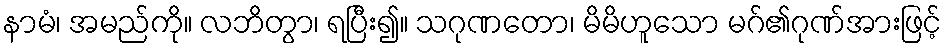
နာမံ၊ အမည်ကို။ လဘိတွာ၊ ရပြီး၍။ သဂုဏတော၊ မိမိဟူသော မဂ်၏ဂုဏ်အားဖြင့်